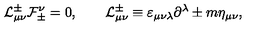
{ \cal L } _ { \mu \nu } ^ { \pm } { \cal F } _ { \pm } ^ { \nu } = 0 , \qquad { \cal L } _ { \mu \nu } ^ { \pm } \equiv \varepsilon _ { \mu \nu \lambda } \partial ^ { \lambda } \pm m \eta _ { \mu \nu } ,